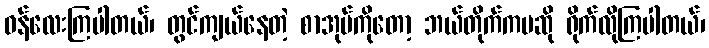
ဝန်လေးကြပါတယ်၊ တွင်ကျယ်နေတဲ့ စာအုပ်ကိုတော့ ဘယ်တိုက်ကမဆို ရိုက်လိုကြပါတယ်၊